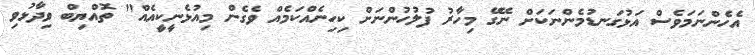
އެހެންނަމަވެސް އަޅުގަނޑުމެންނަކަށް ނޭގޭ މިހާރު ފުލުހުންނަށް ކިހިނެއްކަމެއް ވެގެން މިއުޅެނީކީއެއް" ތޮއްޔިބް ވިދާޅުވި